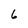
Character: 6